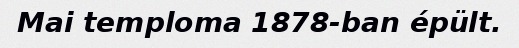
Mai temploma 1878-ban épült.